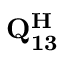
\mathbf { Q _ { 1 3 } ^ { H } }